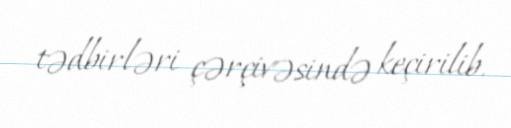
tədbirləri çərçivəsində keçirilib.